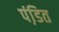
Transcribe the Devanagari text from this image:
पंडि़त